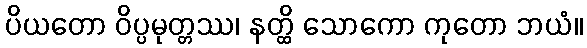
ပိယတော ဝိပ္ပမုတ္တဿ၊ နတ္ထိ သောကော ကုတော ဘယံ။